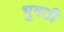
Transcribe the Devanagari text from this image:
भुगती